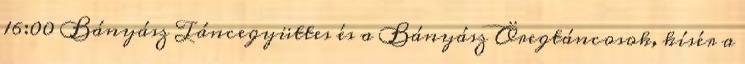
16:00 Bányász Táncegyüttes és a Bányász Öregtáncosok, kísér a